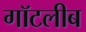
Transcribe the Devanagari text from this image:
गॉटलीब